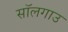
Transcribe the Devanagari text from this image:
सॉलगाउ